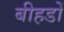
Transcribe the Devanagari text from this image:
बीहडों